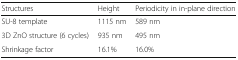
<table><thead><tr><td><b>Structures</b></td><td><b>Height</b></td><td><b>Periodicity in in-plane direction</b></td></tr></thead><tbody><tr><td>SU-8 template</td><td>1115 nm</td><td>589 nm</td></tr><tr><td>3D ZnO structure (6 cycles)</td><td>935 nm</td><td>495 nm</td></tr><tr><td>Shrinkage factor</td><td>16.1%</td><td>16.0%</td></tr></tbody></table>